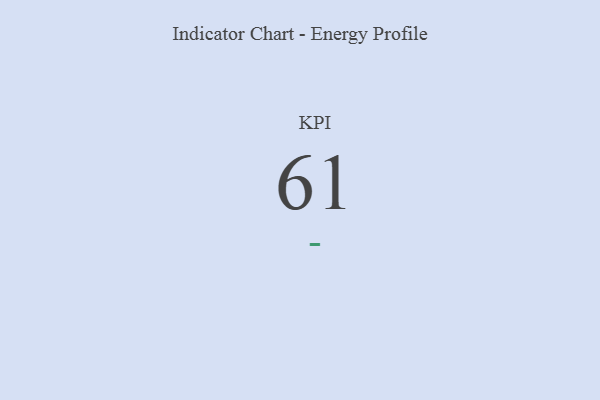
{"axis": {"x": "KPI", "y": "Value"}, "legend": [""], "data": [{"x": "KPI", "y": 61, "type": ""}]}